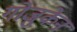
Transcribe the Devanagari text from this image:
गोजुकेन